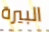
البيرة